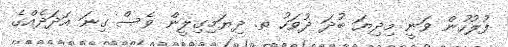
ފުލުހުން ވަނީ މިދިޔަ ބުދަ ދުވަހު ތ. ދިޔަމިގިލީން ވެސް ގިނަ އަދަދެއްގެ